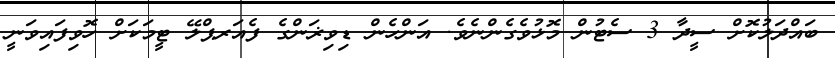
ބައްދަލުކޮށް ސީދާ 3 ސެޓުން މޮޅުވެގެންނެވެ. އަންހެން ޑިވިޜަންގެ ފެއަރޕްލޭ ޓީމަކަށް ހޮވިފައިވަނީ